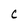
Character: C